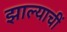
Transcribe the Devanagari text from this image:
झाल्याचीं